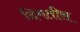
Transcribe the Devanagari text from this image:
दिमतीस